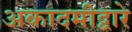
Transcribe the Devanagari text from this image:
अकादमीद्वारे